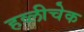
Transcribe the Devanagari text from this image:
हव्लीचेक